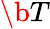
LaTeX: \b{T}